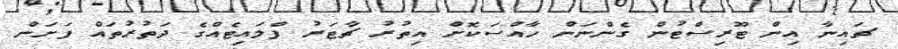
ޗައިނާ އިން ޓޫރިސްޓުން ގެންނަން ހާއްސަކޮށް އިތުރު ޗާޓަރު ފްލައިޓެއްގެ ދަތުރުތައް ފަށަން